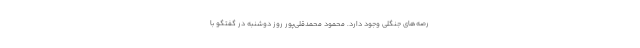
رصه‌های جنگلی وجود دارد. محمود محمدقلی‌پور روز دوشنبه در گفتگو با